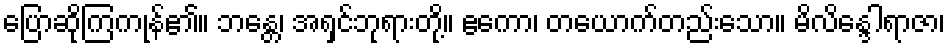
ပြောဆိုကြကုန်၏။ ဘန္တေ၊ အရှင်ဘုရားတို့။ ဧကော၊ တယောက်တည်းသော။ မိလိန္ဒေါရာဇာ၊